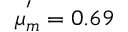
\mu _ { m } ^ { ' } = 0 . 6 9